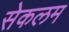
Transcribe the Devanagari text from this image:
सेकलम